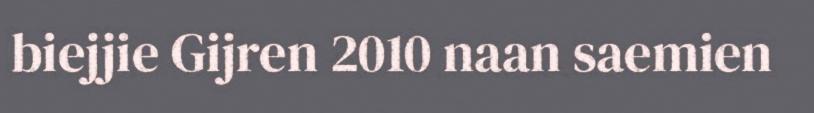
biejjie Gijren 2010 naan saemien